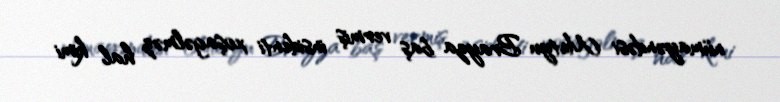
nümayəndəsi Metyu Brayza baş vermiş insidenti xoşagəlməz hal kimi